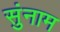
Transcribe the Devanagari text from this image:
सुंनाम